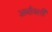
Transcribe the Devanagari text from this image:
अर्थावली